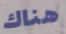
هناك